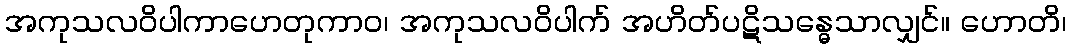
အကုသလဝိပါကာဟေတုကာဝ၊ အကုသလဝိပါက် အဟိတ်ပဋိသန္ဓေသာလျှင်။ ဟောတိ၊